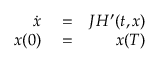
\begin{array} { r l r } { \dot { x } } & { { } = } & { J H ^ { \prime } ( t , x ) } \\ { x ( 0 ) } & { { } = } & { x ( T ) } \end{array}